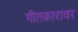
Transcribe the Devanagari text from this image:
गीतकारावर